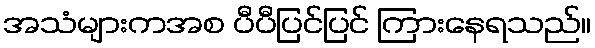
အသံများကအစ ပီပီပြင်ပြင် ကြားနေရသည်။